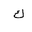
Letter: _kaf